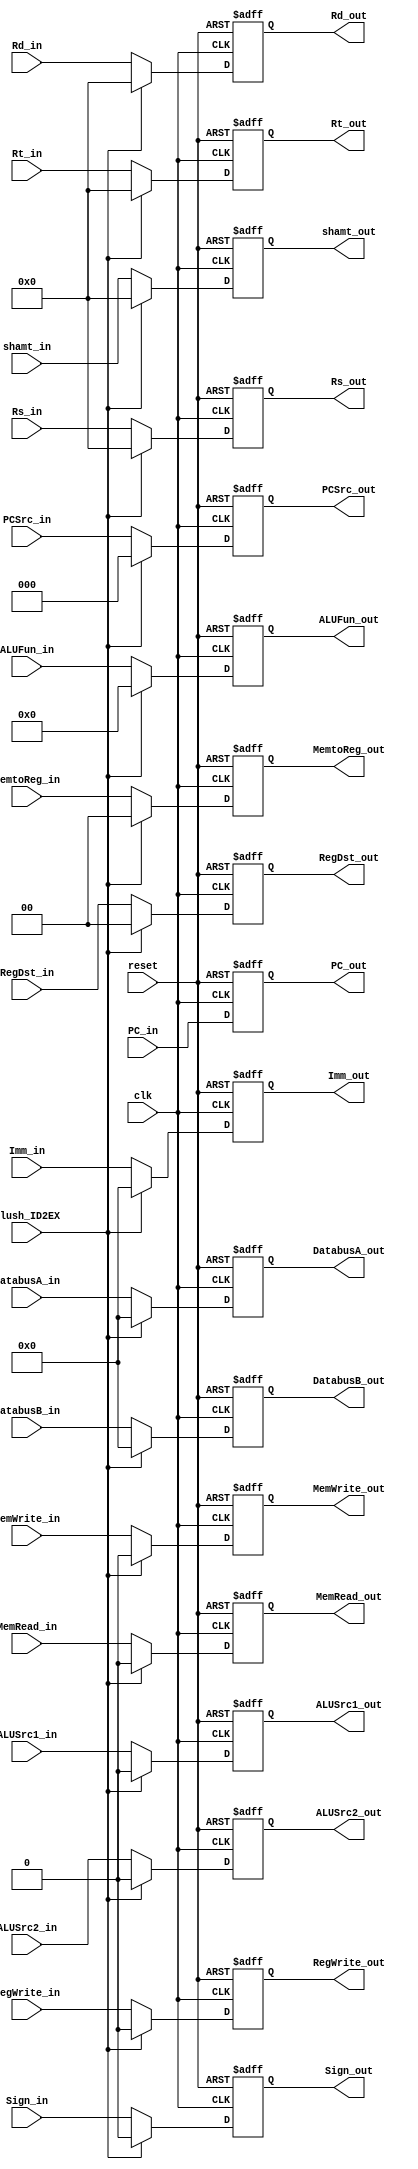
//register from ID to EX
module ID2EX(clk, reset, flush_ID2EX, PC_in, PC_out, 
    DatabusA_in, DatabusA_out, DatabusB_in, DatabusB_out,  Imm_in, Imm_out,// ConBA_in, ConBA_out,
    Rs_in, Rs_out, Rt_in, Rt_out, Rd_in, Rd_out, shamt_in, shamt_out,
    ALUSrc1_in, ALUSrc1_out, ALUSrc2_in, ALUSrc2_out, ALUFun_in, ALUFun_out, Sign_in, Sign_out, RegDst_in, RegDst_out,
    MemRead_in, MemRead_out, MemWrite_in, MemWrite_out, PCSrc_in, PCSrc_out,
    MemtoReg_in, MemtoReg_out, RegWrite_in, RegWrite_out);
 
    input reset, clk, flush_ID2EX;
    input [31:0] PC_in;
    input [31:0] DatabusA_in, DatabusB_in;
    input [31:0] Imm_in;// ConBA_in;
    input [5:0] ALUFun_in;
    input [4:0] Rs_in, Rd_in, Rt_in, shamt_in;
    input ALUSrc1_in, ALUSrc2_in;
    input [1:0] RegDst_in;
    input Sign_in;
    input MemRead_in, MemWrite_in;
    input [2:0] PCSrc_in;
    input [1:0] MemtoReg_in;
    input RegWrite_in;
    
    output [31:0] PC_out;
    output [31:0] DatabusA_out, DatabusB_out;
    output [31:0] Imm_out;//ConBA_out;
    output [5:0] ALUFun_out;
    output [4:0] Rs_out, Rd_out, Rt_out, shamt_out;
    output ALUSrc1_out, ALUSrc2_out;
    output [1:0] RegDst_out;
    output Sign_out;
    output MemRead_out, MemWrite_out;
    output [2:0] PCSrc_out;
    output [1:0] MemtoReg_out;
    output RegWrite_out;
    
    reg [31:0] PC_out;
    reg [31:0] DatabusA_out, DatabusB_out;
    reg [31:0] Imm_out;//ConBA_out;
    reg [5:0] ALUFun_out;
    reg [4:0] Rs_out, Rd_out, Rt_out, shamt_out;
    reg ALUSrc1_out, ALUSrc2_out;
    reg [1:0] RegDst_out;
    reg Sign_out;
    reg MemRead_out, MemWrite_out;
    reg [2:0] PCSrc_out;
    reg [1:0] MemtoReg_out;
    reg RegWrite_out;
    
    always @(posedge clk or posedge reset)
    begin
        if (reset)
        begin
            PC_out <= 32'h8000_0000;
            DatabusA_out <= 32'h0000_0000;
            DatabusB_out <= 32'h0000_0000;
            Imm_out <= 32'h0000_0000;
            //ConBA_out <= 32'h0000_0000;
            Rs_out <= 5'b00000;
            Rd_out <= 5'b00000;
            Rt_out <= 5'b00000;
            shamt_out <= 5'b00000;
            ALUFun_out <= 6'b000000;
            ALUSrc1_out <= 1'b0;
            ALUSrc2_out <= 1'b0;
            RegDst_out <= 2'b00;
            Sign_out <= 1'b0;
            MemRead_out <=1'b0;
            MemWrite_out <= 1'b0;
            PCSrc_out <= 3'b000;
            MemtoReg_out <= 2'b00;
            RegWrite_out <= 1'b0;
        end
        else if (flush_ID2EX)
        begin
            PC_out <= PC_in;
            DatabusA_out <= 32'h0000_0000;
            DatabusB_out <= 32'h0000_0000;
            Imm_out <= 32'h0000_0000;
            //ConBA_out <= 32'h0000_0000;
            Rs_out <= 5'b00000;
            Rd_out <= 5'b00000;
            Rt_out <= 5'b00000;
            shamt_out <= 5'b00000;
            ALUFun_out <= 6'b000000;
            ALUSrc1_out <= 1'b0;
            ALUSrc2_out <= 1'b0;
            RegDst_out <= 2'b00;
            Sign_out <= 1'b0;
            MemRead_out <=1'b0;
            MemWrite_out <= 1'b0;
            PCSrc_out <= 3'b000;
            MemtoReg_out <= 2'b00;
            RegWrite_out <= 1'b0;
        end
        else
        begin
            PC_out <= PC_in;
            DatabusA_out <= DatabusA_in;
            DatabusB_out <= DatabusB_in;
            Imm_out <= Imm_in;
            //ConBA_out <= ConBA_in;
            Rs_out <= Rs_in;
            Rd_out <= Rd_in;
            Rt_out <= Rt_in;
            shamt_out <= shamt_in;
            ALUFun_out <= ALUFun_in;
            ALUSrc1_out <= ALUSrc1_in;
            ALUSrc2_out <= ALUSrc2_in;
            RegDst_out <= RegDst_in;
            Sign_out <= Sign_in;
            MemRead_out <= MemRead_in;
            MemWrite_out <= MemWrite_in;
            PCSrc_out <= PCSrc_in;
            MemtoReg_out <= MemtoReg_in;
            RegWrite_out <= RegWrite_in;
        end
    end
endmodule